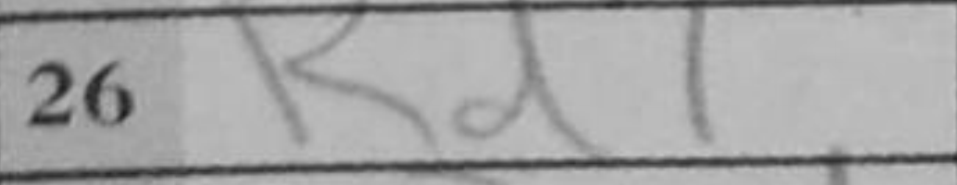
Transcription: Rd7